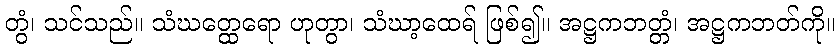
တွံ၊ သင်သည်။ သံဃတ္ထေရော ဟုတွာ၊ သံဃာ့ထေရ် ဖြစ်၍။ အဋ္ဌကဘတ္တံ၊ အဋ္ဌကဘတ်ကို။